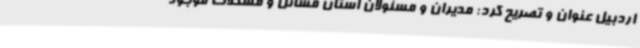
اردبیل عنوان و تصریح کرد: مدیران و مسئولان استان مسائل و مشکلات موجود